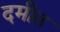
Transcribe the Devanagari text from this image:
दमीत